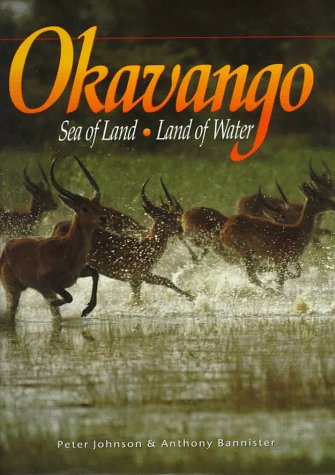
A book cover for Okavango: Sea of Land, Land of Water; Peter Johnson; Travel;